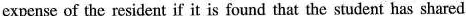
expense of the resident if it is found that the student has shared